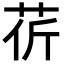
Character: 𦮬